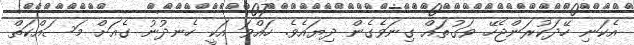
އެކަނި ހޭދަކުރަންޖެހޭ ވަގުތައް ގިނަވެގެން ދިޔައެވެ. ހައްވަ އަކީ ހެނދުނު ގެއަށް މަސައްކަތް